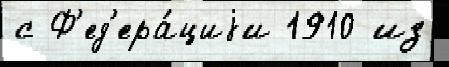
с Ф'ед'ера́циjи 1910 из